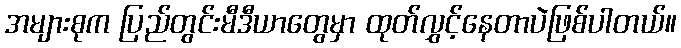
အများစုက ပြည်တွင်းမီဒီယာတွေမှာ ထုတ်လွှင့်နေတာပဲဖြစ်ပါတယ်။